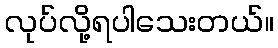
လုပ်လို့ရပါသေးတယ်။